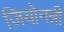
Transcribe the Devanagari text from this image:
जियोनन्नी